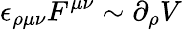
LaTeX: \epsilon_{\rho\mu\nu}F^{\mu\nu}\sim\partial_{\rho}V